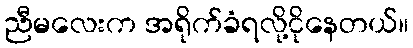
ညီမလေးက အရိုက်ခံရလို့ငိုနေတယ်။